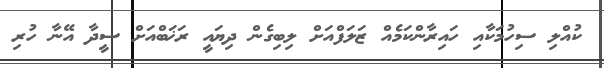
ކުއްލި ސިހުމަކާއި ހައިރާންކަމެއް ޒަލަފްއަށް ލިބިގެން ދިޔައީ ރަޚަބްއަށް ސީދާ އޭނާ ހުރި